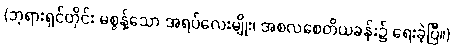
(ဘုရားရှင်တိုင်း မစွန့်သော အရပ်လေးမျိုး၊ အစလစေတိယခန်း၌ ရေးခဲ့ပြီ။)